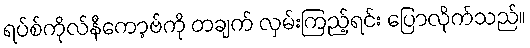
ရပ်စ်ကိုလ်နီကော့ဗ်ကို တချက် လှမ်းကြည့်ရင်း ပြောလိုက်သည်။